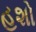
હશો